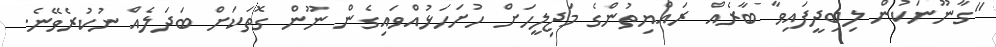
"ގާނޫނަކުން ލިބިދީފައިވާ ބާރެއް ރައްޔިތުންގެ މަޖިލީހަށް ހުށަހަޅުއްވައިގެން ނޫން ގޮތަކަށް ބަދަލެއް ނުކުރެވޭނެ.